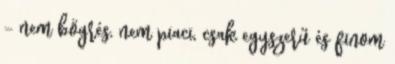
– nem bögrés, nem piaci, csak egyszerű és finom